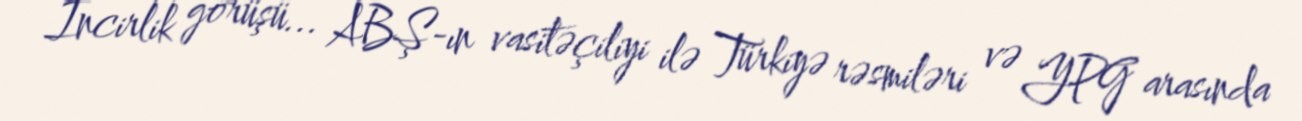
İncirlik görüşü... ABŞ-ın vasitəçiliyi ilə Türkiyə rəsmiləri və YPG arasında